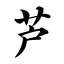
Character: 芦